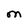
Character: M